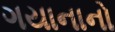
ગયાનાનો